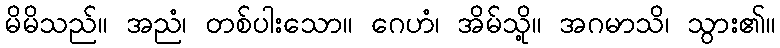
မိမိသည်။ အညံ၊ တစ်ပါးသော။ ဂေဟံ၊ အိမ်သို့။ အဂမာသိ၊ သွား၏။